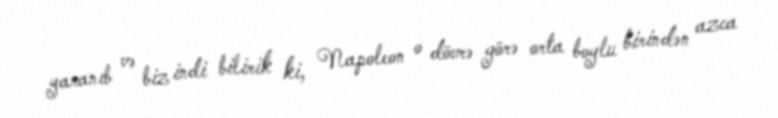
yaranıb və biz indi bilirik ki, Napoleon o dövrə görə orta boylu birindən azca